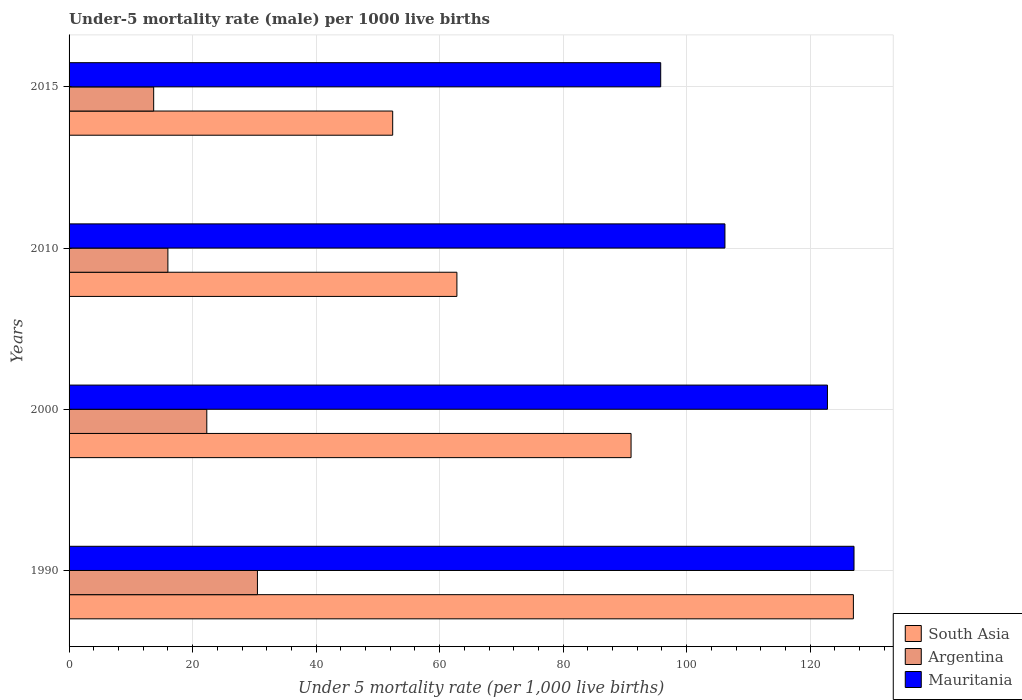
| Years | South Asia | Argentina | Mauritania |
 | --- | --- | --- | --- |
 | 1990 | 127 | 30.5 | 127 |
 | 2000 | 91 | 22.3 | 123 |
 | 2010 | 62.8 | 16 | 106 |
 | 2015 | 52.4 | 13.7 | 95.8 |